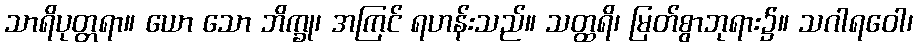
သာရိပုတ္တရာ။ ယော သော ဘိက္ခု၊ အကြင် ရဟန်းသည်။ သတ္ထရိ၊ မြတ်စွာဘုရား၌။ သဂါရဝေါ၊